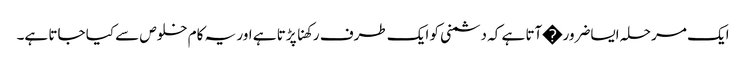
ایک مرحلہ ایساضرور�آتا ہے کہ دشمنی کو ایک طرف رکھنا پڑتا ہے اور یہ کام خلوص سے کیا جاتا ہے۔